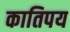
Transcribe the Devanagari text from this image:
कातिपय